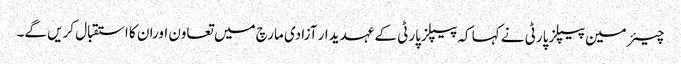
چیئرمین پیپلز پارٹی نے کہا کہ پیپلزپارٹی کے عہدیدار آزادی مارچ میں تعاون اوران کا استقبال کریں گے۔